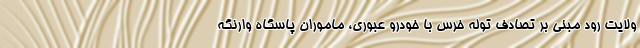
ولایت رود مبنی بر تصادف توله خرس با خودرو عبوری، ماموران پاسگاه وارنگه